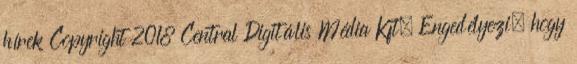
hírek Copyright 2018 Central Digitális Média Kft. Engedélyezi, hogy